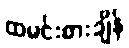
ထမင်းစားချိန်